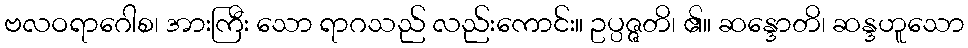
ဗလဝရာဂေါစ၊ အားကြီး သော ရာဂသည် လည်းကောင်း။ ဥပ္ပဇ္ဇတိ၊ ၏။ ဆန္ဒောတိ၊ ဆန္ဒဟူသော